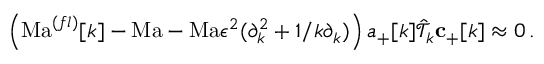
\left( \mathrm { M a } ^ { ( f l ) } [ k ] - \mathrm { M a } - \mathrm { M a } \epsilon ^ { 2 } ( \partial _ { k } ^ { 2 } + 1 / k \partial _ { k } ) \right) { a _ { + } [ k ] } \hat { \mathcal { T } } _ { k } \mathbf { c } _ { + } [ k ] \approx 0 \, . \,